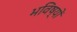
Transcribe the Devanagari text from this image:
भविष्यों